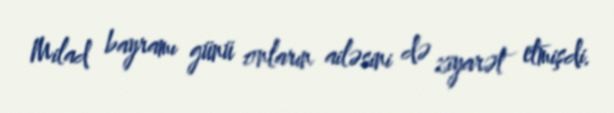
Milad bayramı günü onların ailəsini də ziyarət etmişdi.